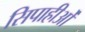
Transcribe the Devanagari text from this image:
सिपाहीओं